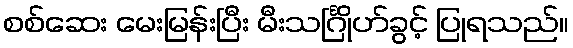
စစ်ဆေး မေးမြန်းပြီး မီးသင်္ဂြိုဟ်ခွင့် ပြုရသည်။